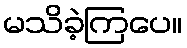
မသိခဲ့ကြပေ။